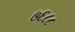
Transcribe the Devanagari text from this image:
७६८८